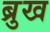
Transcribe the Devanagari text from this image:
ब्रुख